Elephants and their diseases
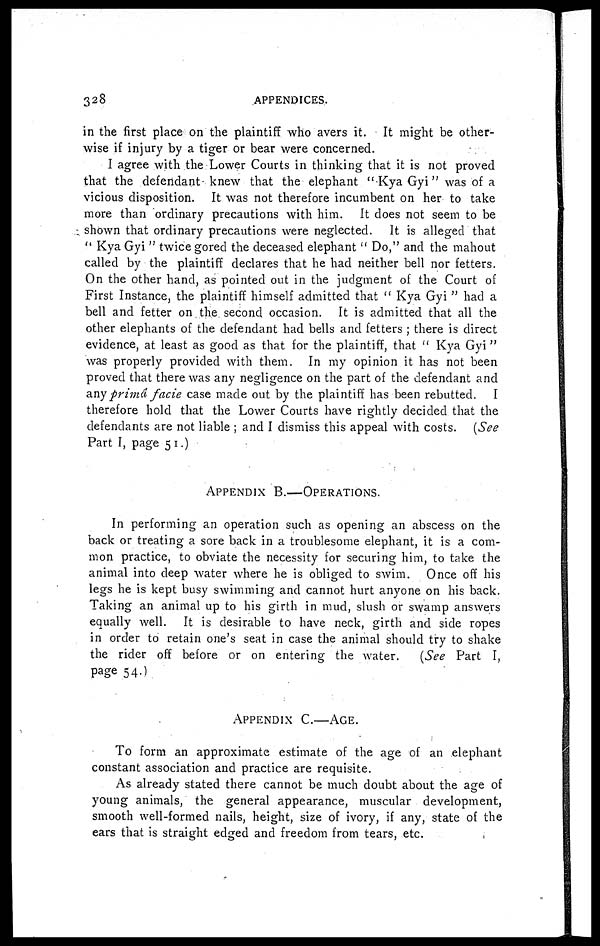
328
APPENDICES.
in the first place on the plaintiff who avers it. It might be other-
wise if injury by a tiger or bear were concerned.
I agree with the Lower Courts in thinking that it is not proved
that the defendant knew that the elephant " Kya Gyi " was of a
vicious disposition. It was not therefore incumbent on her to take
more than ordinary precautions with him. It does not seem to be
shown that ordinary precautions were neglected. It is alleged that
" Kya Gyi " twice gored the deceased elephant " Do," and the mahout
called by the plaintiff declares that he had neither bell nor fetters.
On the other hand, as pointed out in the judgment of the Court of
First Instance, the plaintiff himself admitted that " Kya Gyi " had a
bell and fetter on the second occasion. It is admitted that all the
other elephants of the defendant had bells and fetters ; there is direct
evidence, at least as good as that for the plaintiff, that " Kya Gyi "
was properly provided with them. In my opinion it has not been
proved that there was any negligence on the part of the defendant and
any prima facie case made out by the plaintiff has been rebutted. I
therefore hold that the Lower Courts have rightly decided that the
defendants are not liable ; and I dismiss this appeal with costs. (See
Part I, page 51.)
APPENDIX
B.—OPERATIONS.
In performing an operation such as opening an abscess on the
back or treating a sore back in a troublesome elephant, it is a com-
mon practice, to obviate the necessity for securing him, to take the
animal into deep water where he is obliged to swim. Once off his
legs he is kept busy swimming and cannot hurt anyone on his back.
Taking an animal up to his girth in mud, slush or swamp answers
equally well. It is desirable to have neck, girth and side ropes
in order to retain one's seat in case the animal should try to shake
the rider off before or on entering the water.
(See Part I,
page 54.)
APPENDIX
C.—AGE.
To form an approximate estimate of the age of an elephant
constant association and practice are requisite.
As already stated there cannot be much doubt about the age of
young animals, the general appearance, muscular development,
smooth well-formed nails, height, size of ivory, if any, state of the
ears that is straight edged and freedom from tears, etc.